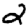
Digit: 2